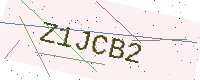
Text: Z1JCB2